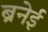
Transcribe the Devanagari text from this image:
ब्रनेई